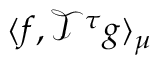
\langle f , \mathcal { T } ^ { \tau } g \rangle _ { \mu }